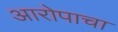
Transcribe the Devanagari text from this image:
आरोपाचा